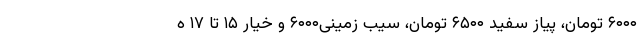
۶۰۰۰ تومان، پیاز سفید ۶۵۰۰ تومان، سیب زمینی۶۰۰۰ و خیار ۱۵ تا ۱۷ ه